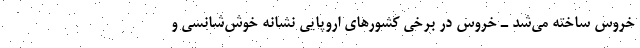
خروس ساخته می‌شد ـ خروس در برخی کشورهای اروپایی نشانه خوش‌شانسی و